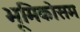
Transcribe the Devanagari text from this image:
भूमिकोसम